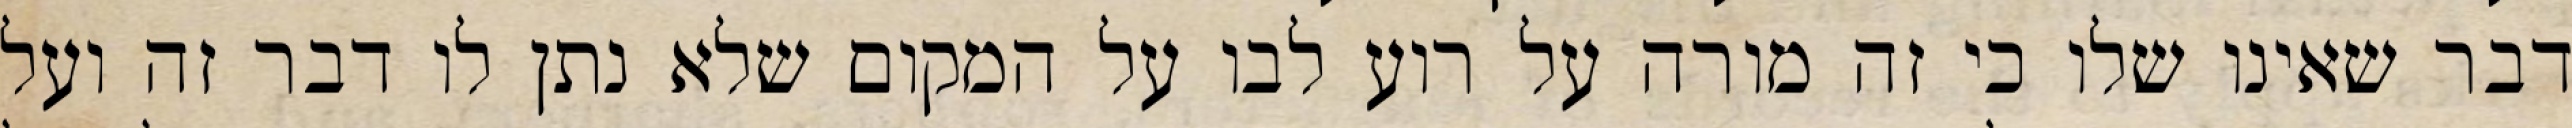
דבר שאינו שלו כי זה מורה על רוע לבו על המקום שלא נתן לו דבר זה ועל